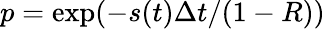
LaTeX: p=\exp(-s(t)\Delta t/(1-R))